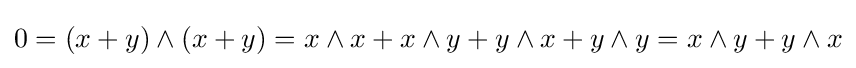
0=(x+y)\wedge (x+y)=x\wedge x+x\wedge y+y\wedge x+y\wedge y=x\wedge y+y\wedge x